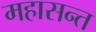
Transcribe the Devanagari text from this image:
महासन्त